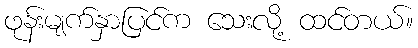
ဖုန်းမျက်နှာပြင်က သေးလို့ ထင်တယ်။